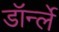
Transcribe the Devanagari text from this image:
डॉर्न्ले